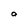
Character: a